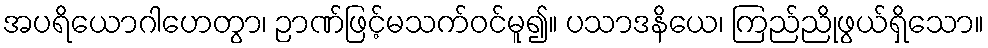
အပရိယောဂါဟေတွာ၊ ဉာဏ်ဖြင့်မသက်ဝင်မူ၍။ ပသာဒနိယေ၊ ကြည်ညိုဖွယ်ရှိသော။